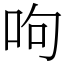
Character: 呴